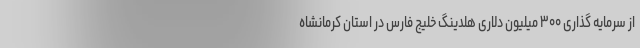
از سرمایه گذاری ۳۰۰ میلیون دلاری هلدینگ خلیج فارس در استان کرمانشاه